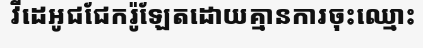
វីដេអូជជែករ៉ូឡែតដោយគ្មានការចុះឈ្មោះ